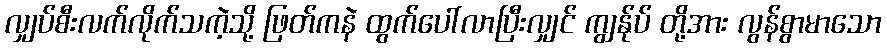
လျှပ်စီးလက်လိုက်သကဲ့သို့ ဖြတ်ကနဲ ထွက်ပေါ်လာပြီးလျှင် ကျွန်ုပ် တို့အား လွန်စွာမာသော